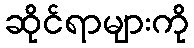
ဆိုင်ရာများကို